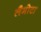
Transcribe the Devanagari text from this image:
लैमोटा